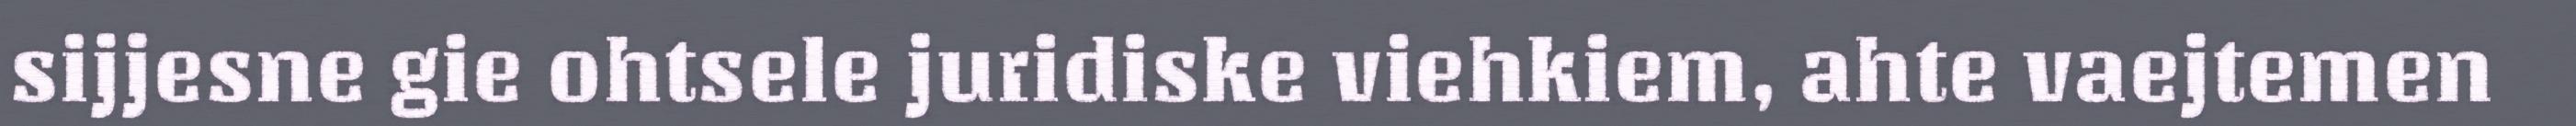
sijjesne gie ohtsele juridiske viehkiem, ahte vaejtemen